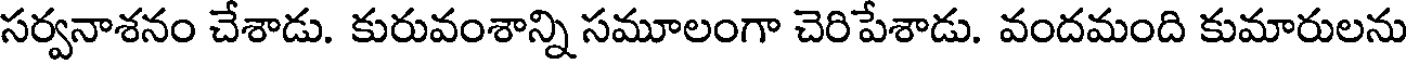
సర్వనాశనం చేశాడు. కురువంశాన్ని సమూలంగా చెరిపేశాడు. వందమంది కుమారులను